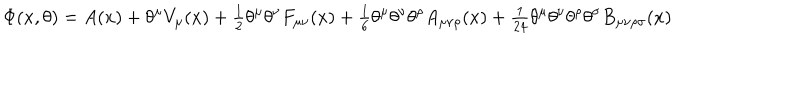
LaTeX: \Phi ( x , \theta ) = A ( x ) + \theta ^ { \mu } V _ { \mu } ( x ) + { \textstyle \frac 1 2 } \theta ^ { \mu } \theta ^ { \nu } F _ { \mu \nu } ( x ) + { \textstyle \frac 1 6 } \theta ^ { \mu } \theta ^ { \nu } \theta ^ { \rho } A _ { \mu \nu \rho } ( x ) + { \textstyle \frac { 1 } { 2 4 } } \theta ^ { \mu } \theta ^ { \nu } \theta ^ { \rho } \theta ^ { \sigma } B _ { \mu \nu \rho \sigma } ( x )